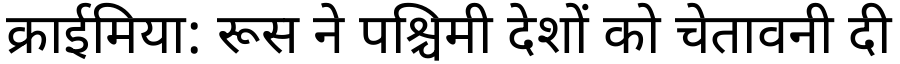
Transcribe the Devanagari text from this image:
क्राईमिया: रूस ने पश्चिमी देशों को चेतावनी दी